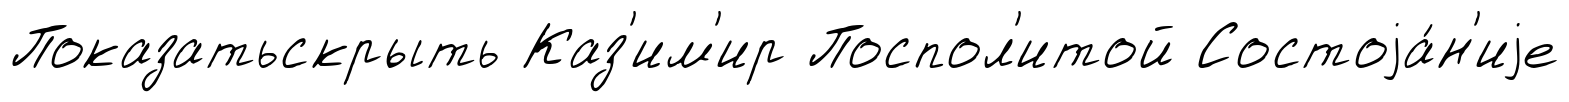
Показатьскрыть Каз'им'ир Поспол'итой Состоjа́н'иjе